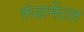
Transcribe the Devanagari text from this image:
फ़ंडामेंटल